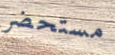
مستحضر